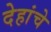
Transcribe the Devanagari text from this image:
देहांचे